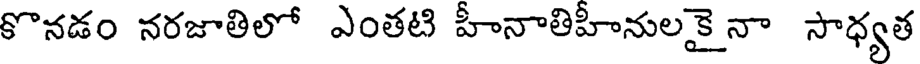
కొనడం నరజాతిలో ఎంతటి హీనాతిహీనులకై నా సాధ్యత